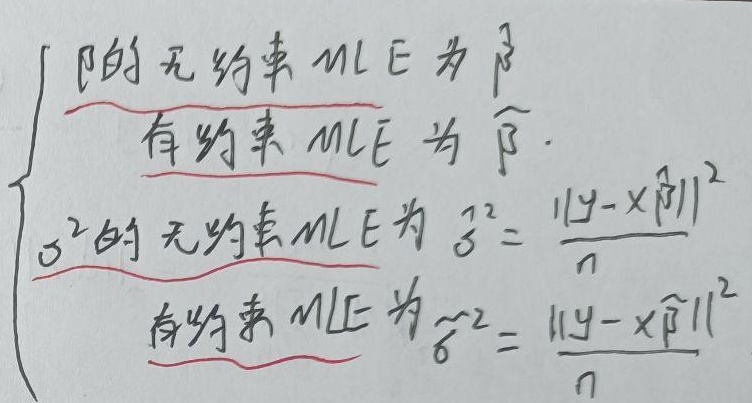
\[
\begin{cases}
\text{$\beta$的无约束MLE为$\hat{\beta}$}\\
\text{有约束MLE为$\widetilde{\beta}$}\\
\text{$\sigma^{2}$的无约束MLE为$\hat{\sigma}^{2}=\frac{\lVert y - X\hat{\beta}\rVert^{2}}{n}$}\\
\text{有约束MLE为$\widetilde{\sigma}^{2}=\frac{\lVert y - X\widetilde{\beta}\rVert^{2}}{n}$}
\end{cases}
\]